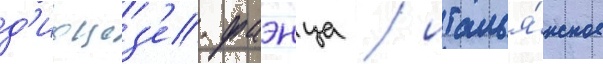
д'иоцез'е фаэнца / италья́нское